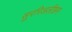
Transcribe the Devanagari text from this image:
सुररिअलीझम